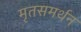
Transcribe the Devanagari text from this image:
मृतसमर्थन